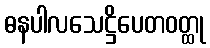
ဓနပါလသေဋ္ဌိပေတဝတ္ထု